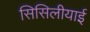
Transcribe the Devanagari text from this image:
सिसिलीयाई